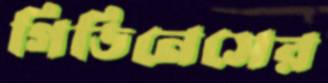
গিডিনেসের